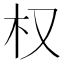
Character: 权